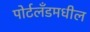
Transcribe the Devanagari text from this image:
पोर्टलँडमधील